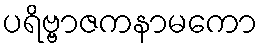
ပရိဗ္ဗာဇကနာမကော